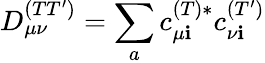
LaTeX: D_{\mu\nu}^{(TT^{\prime})}=\sum_{a}c_{\mu\mathbf{i}}^{(T)*}c_{\nu\mathbf{i}}^{(T^{\prime})}